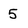
Character: 5